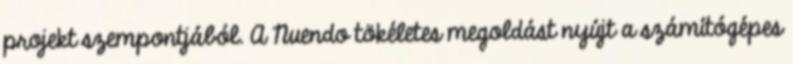
projekt szempontjából. A Nuendo tökéletes megoldást nyújt a számítógépes